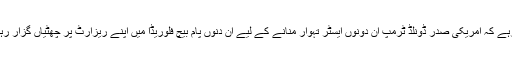
خیال رہے کہ امریکی صدر ڈونلڈ ٹرمپ ان دونوں ایسٹر تہوار منانے کے لیے ان دنوں پام بیچ فلوریڈا میں اپنے ریزارٹ پر چھٹیاں گزار رہے ہیں۔